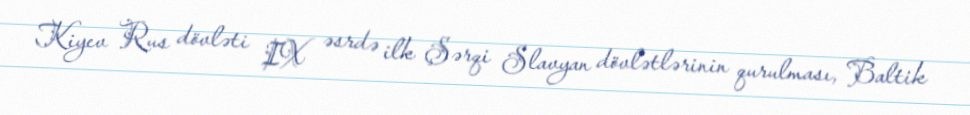
Kiyev Rus dövləti IX əsrdə ilk Şərqi Slavyan dövlətlərinin qurulması, Baltik